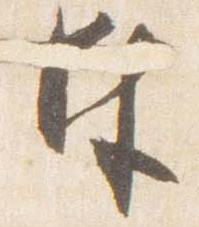
奉